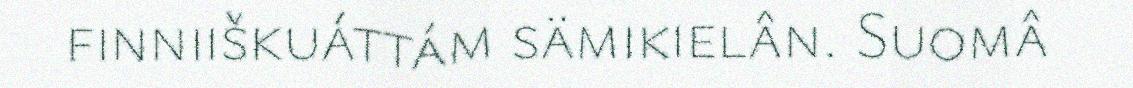
finniiškuáttám sämikielân. Suomâ